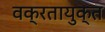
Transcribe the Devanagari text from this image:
वक्रतायुक्त